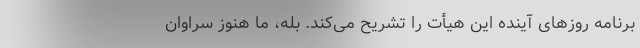
برنامه روزهای آینده این هیأت را تشریح می‌کند. بله، ما هنوز سراوان